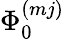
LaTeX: \Phi_{0}^{(mj)}